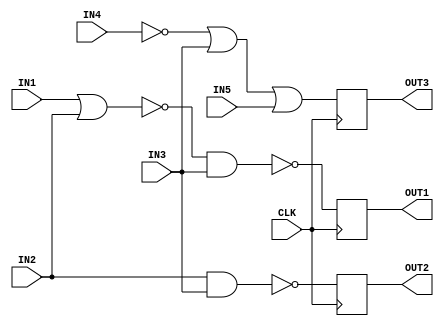
// using always block to implement the combinational cct

module DigCt_1 (
input      wire        IN1,
input      wire        IN2,
input      wire        IN3,
input      wire        IN4,
input      wire        IN5, 
input      wire        CLK,
output     reg         OUT1,
output     reg         OUT2,
output     reg         OUT3

);

//Internal Wires
reg   D1,D2,D3;


//Sequential Block
always @(posedge CLK ) 
begin
    OUT1 <= D1 ;
    OUT2 <= D2 ;
    OUT3 <= D3 ;
end

//Combinational Block "Same As prev Assignement"
always @(*) 
begin
    D1=~((~(IN1|IN2))&IN3);
end

always @(*) 
begin
    D2=~(IN2&IN3);
end

always @(*) 
begin
    D3=(((~IN4)|IN3)|IN5); 
end



endmodule